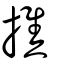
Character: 撨